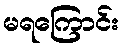
မရကြောင်း